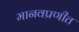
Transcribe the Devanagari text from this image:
मानवप्रणीत